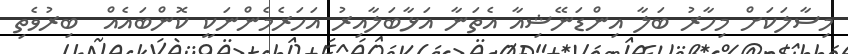
މިސާލަކަށް މިހާރު ބަލާ އިންޑަނޭޝިއާ އެތަނާ އަޅާބަލާއިރު އަހަރެމެންނަކީ ކޮންބައެއް  ބިރުވެތި